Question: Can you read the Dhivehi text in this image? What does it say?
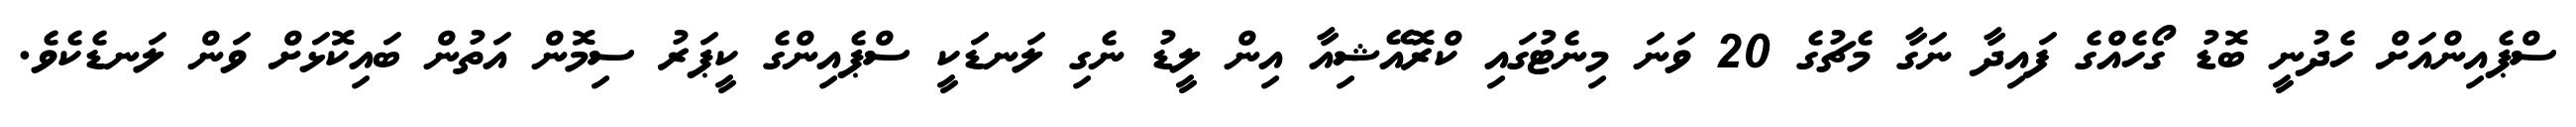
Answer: ސްޕެއިންއަށް ހެދުނީ ބޮޑު ގޯހެއްގެ ފައިދާ ނަގާ މެޗުގެ 20 ވަނަ މިނެޓުގައި ކްރޮއޭޝިއާ އިން ލީޑު ނެގި ލަނޑަކީ ސްޕެއިންގެ ކީޕަރު ސިމޮން އަތުން ބައިކޮޅަށް ވަން ލަނޑެކެވެ.